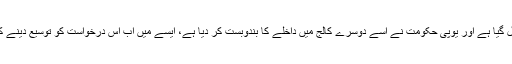
اب جبکہ اس کا پتہ چل گیا ہے اور یوپی حکومت نے اسے دوسرے کالج میں داخلے کا بندوبست کر دیا ہے، ایسے میں اب اس درخواست کو توسیع دینے کی ضرورت نہیں ہے۔